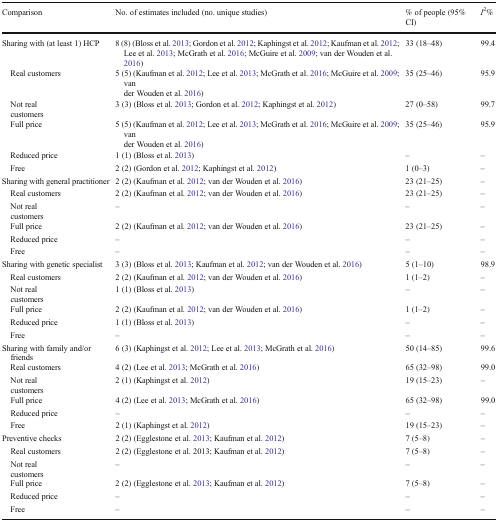
<table><thead><tr><td><b>Comparison</b></td><td><b>No. of estimates included (no. unique studies)</b></td><td><b>% of people (95% CI)</b></td><td><b><i>I</i><sup>2</sup>%</b></td></tr></thead><tbody><tr><td>Sharing with (at least 1) HCP</td><td>8 (8) (Bloss et al. 2013; Gordon et al. 2012; Kaphingst et al. 2012; Kaufman et al. 2012; Lee et al. 2013; McGrath et al. 2016; McGuire et al. 2009; van der Wouden et al. 2016)</td><td>33 (18–48)</td><td>99.4</td></tr><tr><td> Real customers</td><td>5 (5) (Kaufman et al. 2012; Lee et al. 2013; McGrath et al. 2016; McGuire et al. 2009; van der Wouden et al. 2016)</td><td>35 (25–46)</td><td>95.9</td></tr><tr><td> Not real customers</td><td>3 (3) (Bloss et al. 2013; Gordon et al. 2012; Kaphingst et al. 2012)</td><td>27 (0–58)</td><td>99.7</td></tr><tr><td> Full price</td><td>5 (5) (Kaufman et al. 2012; Lee et al. 2013; McGrath et al. 2016; McGuire et al. 2009; van der Wouden et al. 2016)</td><td>35 (25–46)</td><td>95.9</td></tr><tr><td> Reduced price</td><td>1 (1) (Bloss et al. 2013)</td><td>–</td><td>–</td></tr><tr><td> Free</td><td>2 (2) (Gordon et al. 2012; Kaphingst et al. 2012)</td><td>1 (0–3)</td><td>–</td></tr><tr><td>Sharing with general practitioner</td><td>2 (2) (Kaufman et al. 2012; van der Wouden et al. 2016)</td><td>23 (21–25)</td><td>–</td></tr><tr><td> Real customers</td><td>2 (2) (Kaufman et al. 2012; van der Wouden et al. 2016)</td><td>23 (21–25)</td><td>–</td></tr><tr><td> Not real customers</td><td>–</td><td>–</td><td>–</td></tr><tr><td> Full price</td><td>2 (2) (Kaufman et al. 2012; van der Wouden et al. 2016)</td><td>23 (21–25)</td><td>–</td></tr><tr><td> Reduced price</td><td>–</td><td>–</td><td>–</td></tr><tr><td> Free</td><td>–</td><td>–</td><td>–</td></tr><tr><td>Sharing with genetic specialist</td><td>3 (3) (Bloss et al. 2013; Kaufman et al. 2012; van der Wouden et al. 2016)</td><td>5 (1–10)</td><td>98.9</td></tr><tr><td> Real customers</td><td>2 (2) (Kaufman et al. 2012; van der Wouden et al. 2016)</td><td>1 (1–2)</td><td>–</td></tr><tr><td> Not real customers</td><td>1 (1) (Bloss et al. 2013)</td><td>–</td><td>–</td></tr><tr><td> Full price</td><td>2 (2) (Kaufman et al. 2012; van der Wouden et al. 2016)</td><td>1 (1–2)</td><td>–</td></tr><tr><td> Reduced price</td><td>1 (1) (Bloss et al. 2013)</td><td>–</td><td>–</td></tr><tr><td> Free</td><td>–</td><td>–</td><td>–</td></tr><tr><td>Sharing with family and/or friends</td><td>6 (3) (Kaphingst et al. 2012; Lee et al. 2013; McGrath et al. 2016)</td><td>50 (14–85)</td><td>99.6</td></tr><tr><td> Real customers</td><td>4 (2) (Lee et al. 2013; McGrath et al. 2016)</td><td>65 (32–98)</td><td>99.0</td></tr><tr><td> Not real customers</td><td>2 (1) (Kaphingst et al. 2012)</td><td>19 (15–23)</td><td>–</td></tr><tr><td> Full price</td><td>4 (2) (Lee et al. 2013; McGrath et al. 2016)</td><td>65 (32–98)</td><td>99.0</td></tr><tr><td> Reduced price</td><td>–</td><td>–</td><td>–</td></tr><tr><td> Free</td><td>2 (1) (Kaphingst et al. 2012)</td><td>19 (15–23)</td><td>–</td></tr><tr><td>Preventive checks</td><td>2 (2) (Egglestone et al. 2013; Kaufman et al. 2012)</td><td>7 (5–8)</td><td>–</td></tr><tr><td> Real customers</td><td>2 (2) (Egglestone et al. 2013; Kaufman et al. 2012)</td><td>7 (5–8)</td><td>–</td></tr><tr><td> Not real customers</td><td>–</td><td>–</td><td>–</td></tr><tr><td> Full price</td><td>2 (2) (Egglestone et al. 2013; Kaufman et al. 2012)</td><td>7 (5–8)</td><td>–</td></tr><tr><td> Reduced price</td><td>–</td><td>–</td><td>–</td></tr><tr><td> Free</td><td>–</td><td>–</td><td>–</td></tr></tbody></table>